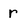
Character: r